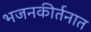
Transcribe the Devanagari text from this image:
भजनकीर्तनात